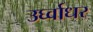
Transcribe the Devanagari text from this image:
उर्घ्वाधर